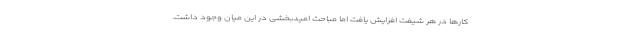
کارها در هر شیفت افزایش یافت اما مباحث امیدبخشی در این میان وجود داشت.